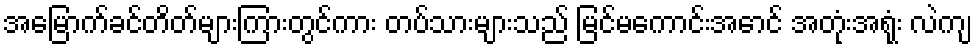
အမြောက်ခင်တိတ်များကြားတွင်ကား တပ်သားများသည် မြင်မကောင်းအောင် အတုံးအရုံး လဲကျ